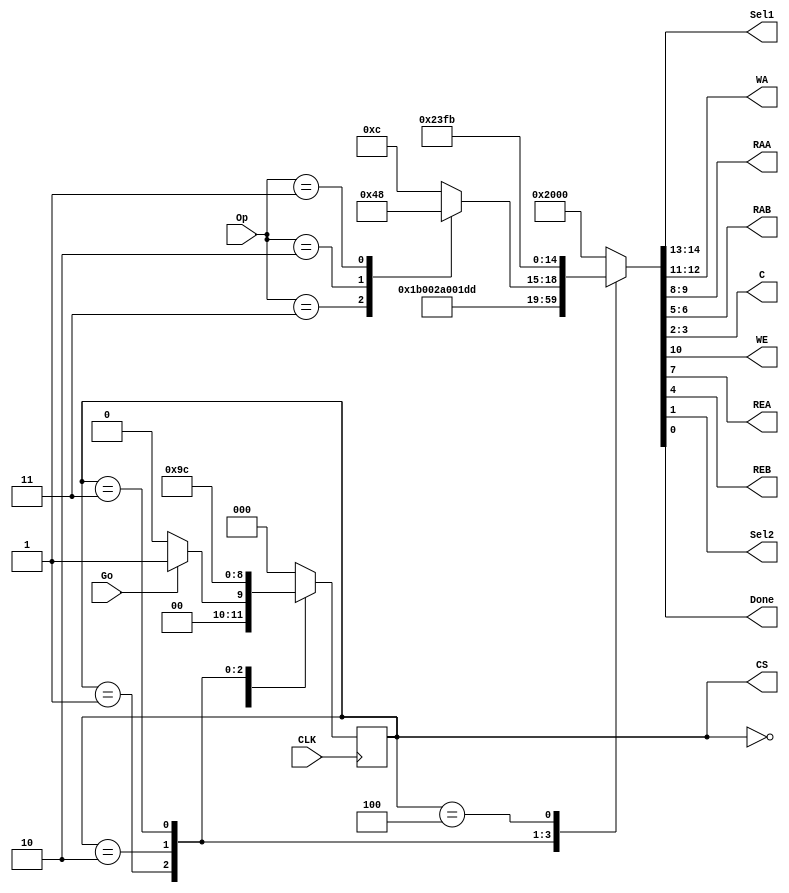
module FSM_CU(
input Go, CLK,
input [1:0] Op,
output reg [1:0] Sel1, WA, RAA, RAB, C,
output reg WE, REA, REB, Sel2, Done,
output reg [2:0] CS
    );

parameter 
S0 = 3'b000,
S1 = 3'b001,
S2 = 3'b010,
S3 = 3'b011,
S4 = 3'b100,
Idle = 15'b01_00_0_00_0_00_0_00_0_0,
LoadA = 15'b11_01_1_00_0_00_0_00_0_0, 
LoadB = 15'b10_10_1_00_0_00_0_00_0_0,
Wait  = 15'b01_00_0_00_0_00_0_00_0_0,
Add   = 15'b00_11_1_01_1_10_1_00_0_0, 
Sub   = 15'b00_11_1_01_1_10_1_01_0_0, 
And   = 15'b00_11_1_01_1_10_1_10_0_0, 
Xor   = 15'b00_11_1_01_1_10_1_11_0_0, 
Display  = 15'b01_00_0_11_1_11_1_10_1_1;

reg [2:0] NS;
reg [14:0] Control;

always @ (posedge CLK) CS <= NS;

always @ (Control) {Sel1, WA, WE, RAA, REA, RAB, REB, C, Sel2, Done} = Control;

always @ (*)
begin
    case (CS)
    S0: begin
        Control = Idle;
        if (!Go) NS = S0;
        else NS = S1;
        end
    S1: begin
        Control = LoadA;
        NS = S2;
        end
    S2: begin
        Control = LoadB;
        NS = S3;
        end
    S3: begin 
        Control = Wait; 
        case (Op)
        2'b11 : Control = Add; 
        2'b10 : Control = Sub; 
        2'b01 : Control = And; 
        default : Control = Xor;
        endcase
        NS = S4;
        end
    S4: begin
        Control = Display;
        NS = S0;
        end
    default: begin
        Control = Idle;
        NS = S0; // this is the default state
        end
    endcase
end

endmodule